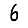
Digit: 6